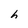
Character: h